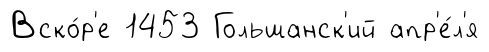
Вско́р'е 1453 Гольшанск'ий апр'е́л'я